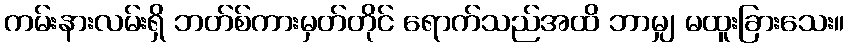
ကမ်းနားလမ်းရှိ ဘတ်စ်ကားမှတ်တိုင် ရောက်သည်အထိ ဘာမျှ မထူးခြားသေး။